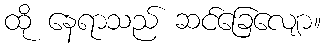
ထို နေရာသည် ဆင်ခြေလျော။